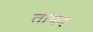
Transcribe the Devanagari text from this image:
तायद